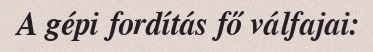
A gépi fordítás fő válfajai: